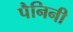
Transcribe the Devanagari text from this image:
पैनिनी